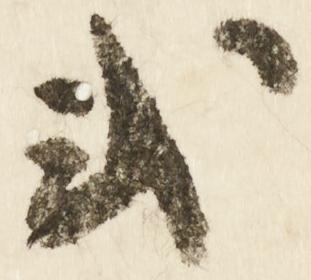
式